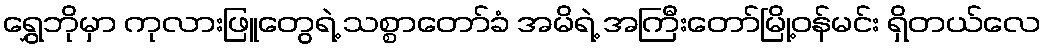
ရွှေဘိုမှာ ကုလားဖြူတွေရဲ့ သစ္စာတော်ခံ အမိရဲ့ အကြီးတော်မြို့ဝန်မင်း ရှိတယ်လေ